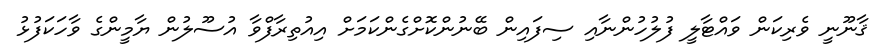
ޤާނޫނީ ވެރިކަން ވައްޓާލީ ފުލުހުންނާއި ސިފައިން ބޭނުންކޮށްގެންކަމަށް އިއުތިރާފްވާ އުސޫލުން ޔާމީންގެ ވާހަކަފުޅު